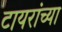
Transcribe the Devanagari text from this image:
टायरांच्या